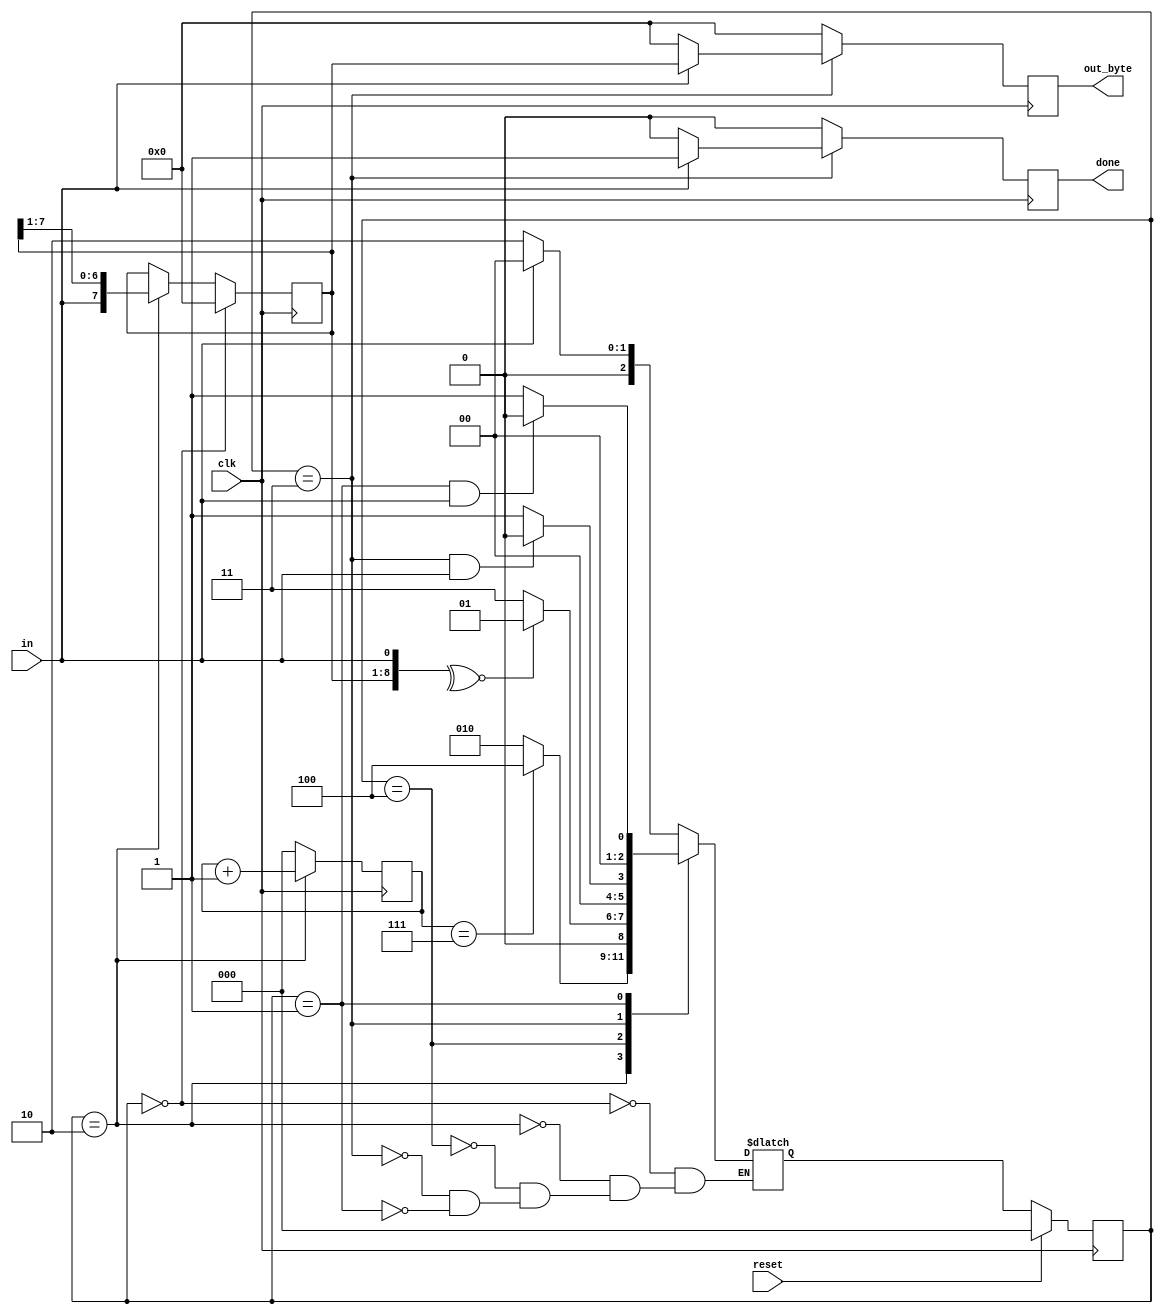
module top_module(
    input clk,
    input in,
    input reset,    // Synchronous reset
    output [7:0] out_byte,
    output done
); //

    // Modify FSM and datapath from Fsm_serialdata
    // Use FSM from Fsm_serial
    parameter idle = 3'd0, wrong = 3'd1, data = 3'd2, don = 3'd3, paraty = 3'd4;
    reg [2:0] state, next_state;
    
    always @(posedge clk) begin
        if(reset)
            state <= 3'b0;
        else
            state <= next_state;
    end
    
    reg in_reg;
    always @(posedge clk) begin
        in_reg <= in;
    end
    
    wire done_cap, reset_cap, check_fail;
    assign done_cap = (state==don) & in;
    assign reset_cap = (state==wrong) & in;
    assign check_fail = ~^{recvdata, in};
    always @(*) begin
        case(state)
            idle: if(~in) next_state = data; else next_state = idle;
            data: if(data_done) next_state = paraty; else next_state = data;
            paraty: if(check_fail) next_state = wrong; else next_state = don;
            don: if(done_cap) next_state = idle; else next_state = wrong;
            wrong: if(reset_cap) next_state=idle; else next_state = wrong;
        endcase
    end
    
    reg [2:0] data_counter;
    wire data_done;
    assign data_done = (data_counter == 3'd7);
    always @(posedge clk) begin
        if(state==data)
            data_counter <= data_counter + 1'b1;
        else
            data_counter <= 3'b0;
    end
    
    always @(posedge clk) begin
        if(state==don)
            if(in==1'b1) begin
                done <= 1;
                out_byte <= recvdata;
            end else begin
                out_byte <= 0;
                done <= 0;
            end
        else begin
            out_byte <= 0;
            done <= 0;
        end
    end

    // New: Datapath to latch input bits.
    reg [7:0] recvdata;
    always @(posedge clk) begin
        if(state==idle)
            recvdata <= 0;
    	else if(state==data)
            recvdata <= {in, recvdata[7:1]};
    end


    // New: Add parity checking.

endmodule